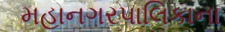
મહાનગરપાલિકાના